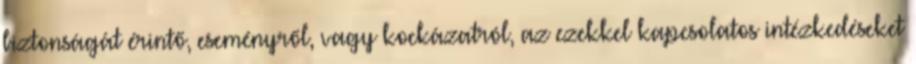
biztonságát érintő, eseményről, vagy kockázatról, az ezekkel kapcsolatos intézkedéseket